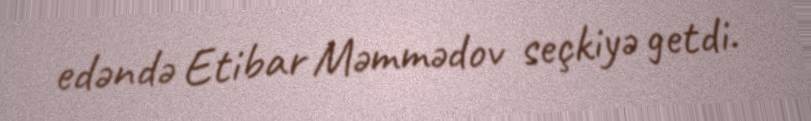
edəndə Etibar Məmmədov seçkiyə getdi.